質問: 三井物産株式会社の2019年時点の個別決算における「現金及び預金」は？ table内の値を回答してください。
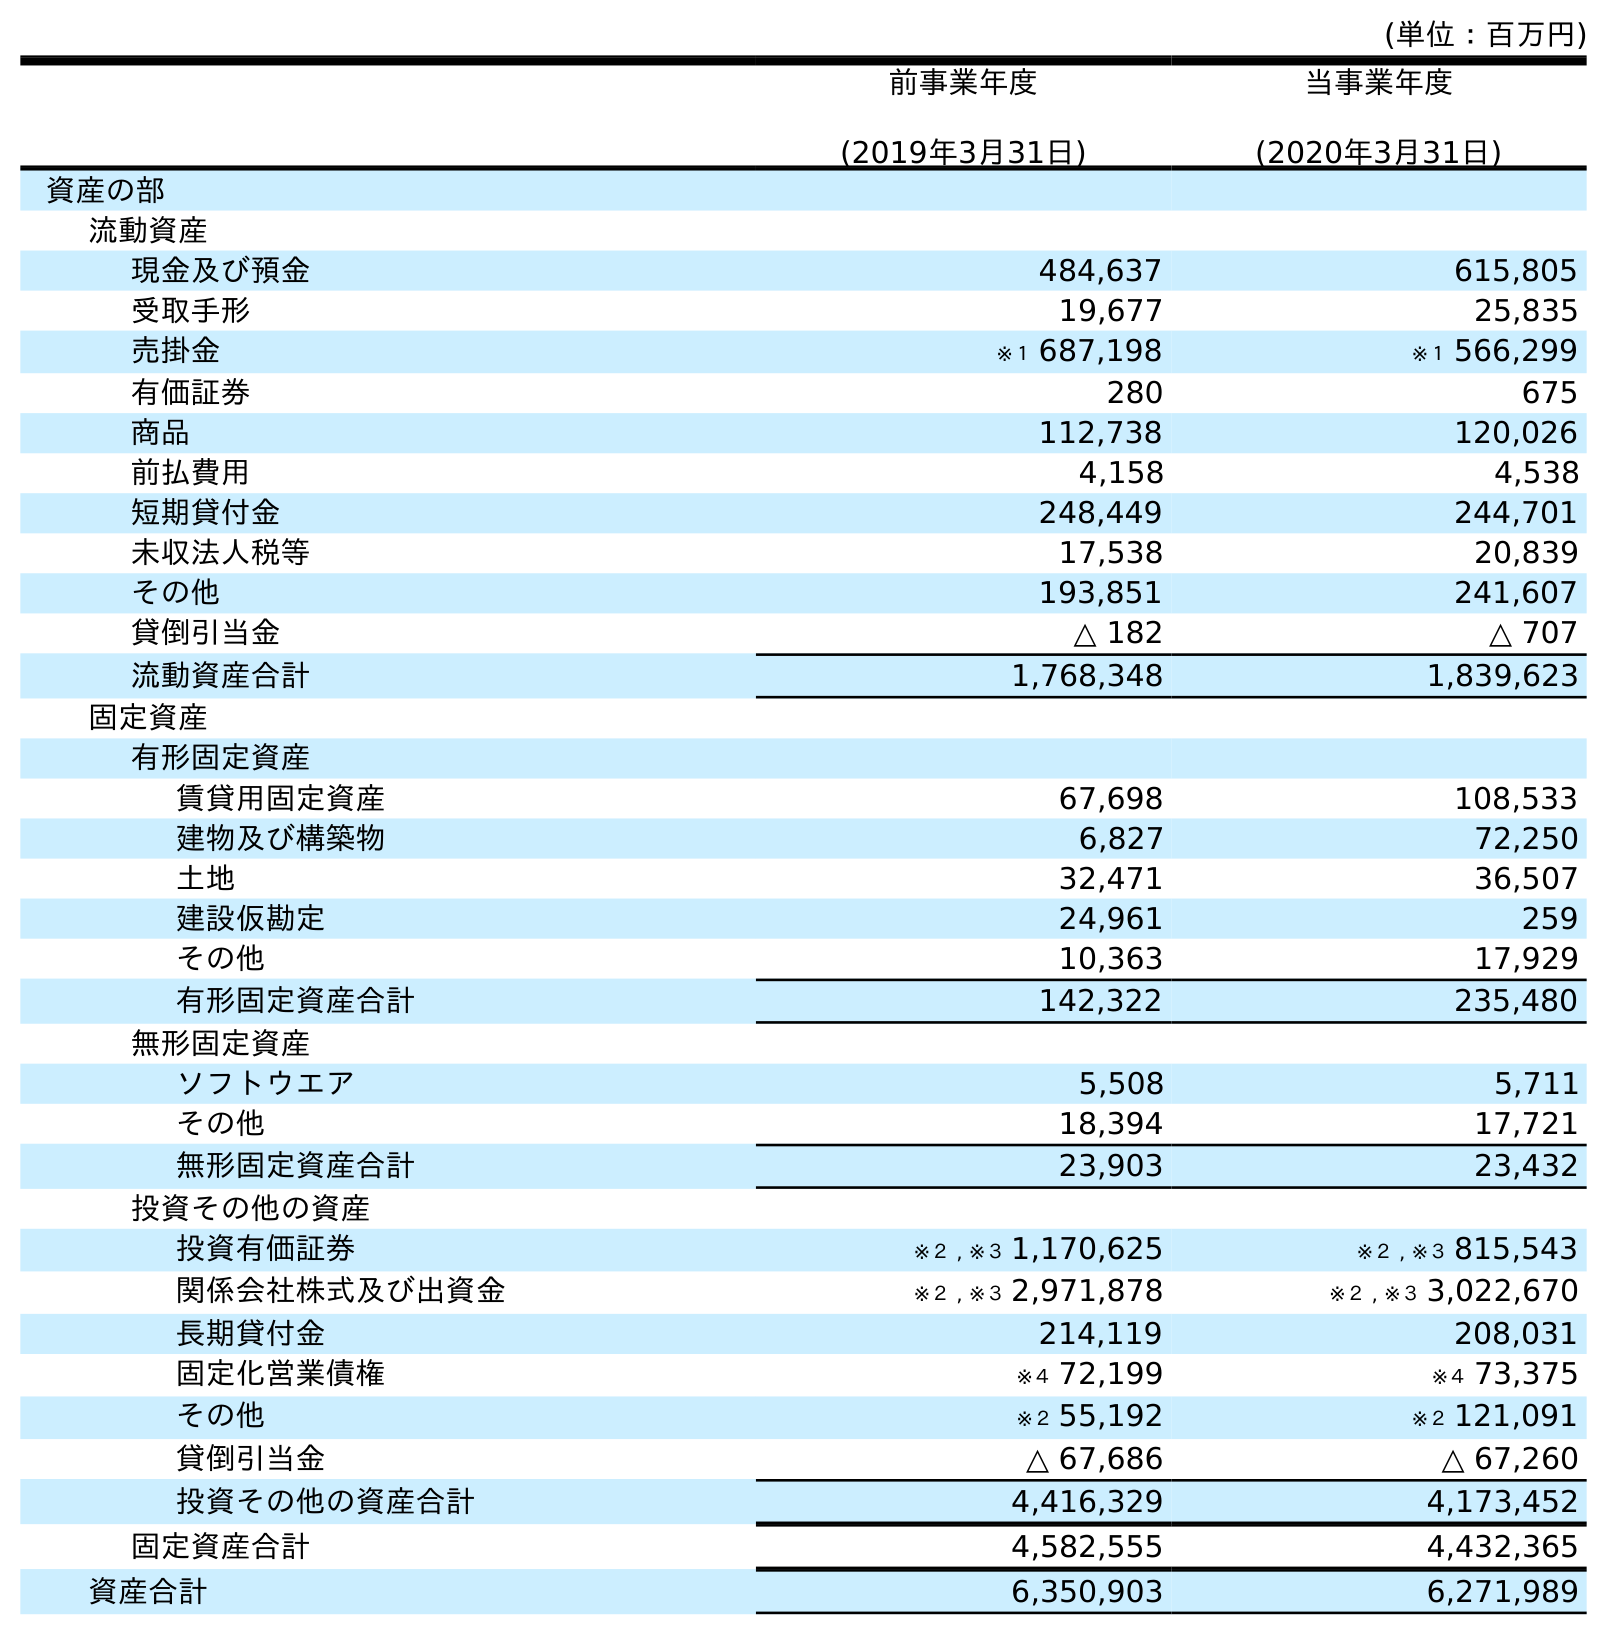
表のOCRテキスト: (単位：百万円) 前事業年度 (2019年3月31日) 当事業年度 (2020年3月31日) 資産の部 流動資産 現金及び預金 484,637 615,805 受取手形 19,677 25,835 売掛金 ※１ 687,198 ※１ 566,299 有価証券 280 675 商品 112,738 120,026 前払費用 4,158 4,538 短期貸付金 248,449 244,701 未収法人税等 17,538 20,839 その他 193,851 241,607 貸倒引当金 △ 182 △ 707 流動資産合計 1,768,348 1,839,623 固定資産 有形固定資産 賃貸用固定資産 67,698 108,533 建物及び構築物 6,827 72,250 土地 32,471 36,507 建設仮勘定 24,961 259 その他 10,363 17,929 有形固定資産合計 142,322 235,480 無形固定資産 ソフトウエア 5,508 5,711 その他 18,394 17,721 無形固定資産合計 23,903 23,432 投資その他の資産 投資有価証券 ※２ , ※３ 1,170,625 ※２ , ※３ 815,543 関係会社株式及び出資金 ※２ , ※３ 2,971,878 ※２ , ※３ 3,022,670 長期貸付金 214,119 208,031 固定化営業債権 ※４ 72,199 ※４ 73,375 その他 ※２ 55,192 ※２ 121,091 貸倒引当金 △ 67,686 △ 67,260 投資その他の資産合計 4,416,329 4,173,452 固定資産合計 4,582,555 4,432,365 資産合計 6,350,903 6,271,989
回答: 484,637